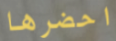
احضرها